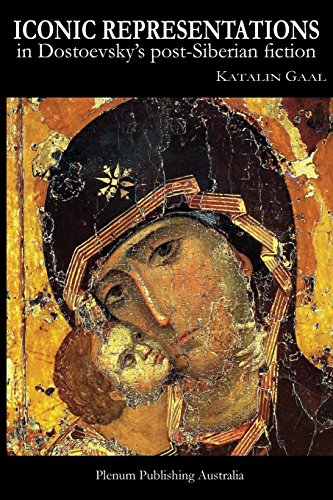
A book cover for Iconic representations in Dostoevsky's post-Siberian fiction.; Katalin Gaal; Literature & Fiction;